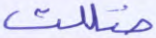
ضللت